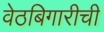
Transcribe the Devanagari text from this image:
वेठबिगारीची